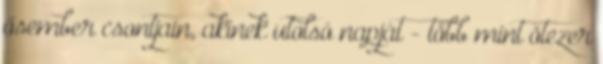
ősember csontjain, akinek utolsó napját - több mint ötezer